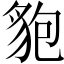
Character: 𧲼